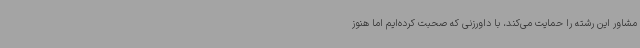
مشاور این رشته را حمایت می‌کند، با داورزنی که صحبت کرده‌ایم اما هنوز